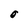
Character: O